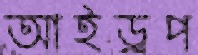
আইড্রপ